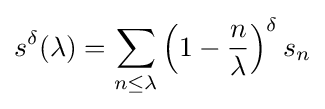
s^{\delta }(\lambda )=\sum _{n\leq \lambda }\left(1-{\frac {n}{\lambda }}\right)^{\delta }s_{n}